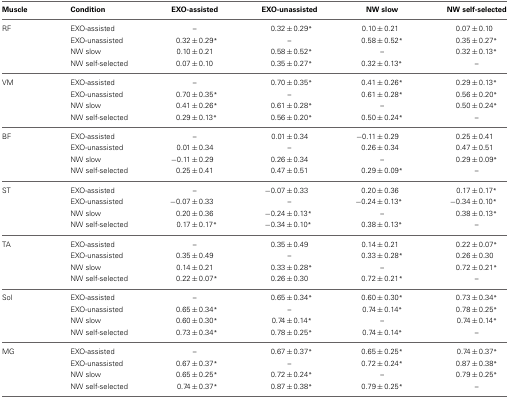
<table><thead><tr><td><b>Muscle</b></td><td><b>Condition</b></td><td><b>EXO-assisted</b></td><td><b>EXO-unassisted</b></td><td><b>NW slow</b></td><td><b>NW self-selected</b></td></tr></thead><tbody><tr><td>RF</td><td>EXO-assisted</td><td>–</td><td>0.32 ± 0.29<sup>*</sup></td><td>0.10 ± 0.21</td><td>0.07 ± 0.10</td></tr><tr><td>[EMPTY_CELL]</td><td>EXO-unassisted</td><td>0.32 ± 0.29<sup>*</sup></td><td>–</td><td>0.58 ± 0.52<sup>*</sup></td><td>0.35 ± 0.27<sup>*</sup></td></tr><tr><td>[EMPTY_CELL]</td><td>NW slow</td><td>0.10 ± 0.21</td><td>0.58 ± 0.52<sup>*</sup></td><td>–</td><td>0.32 ± 0.13<sup>*</sup></td></tr><tr><td>[EMPTY_CELL]</td><td>NW self-selected</td><td>0.07 ± 0.10</td><td>0.35 ± 0.27<sup>*</sup></td><td>0.32 ± 0.13<sup>*</sup></td><td>–</td></tr><tr><td>VM</td><td>EXO-assisted</td><td>–</td><td>0.70 ± 0.35<sup>*</sup></td><td>0.41 ± 0.26<sup>*</sup></td><td>0.29 ± 0.13<sup>*</sup></td></tr><tr><td>[EMPTY_CELL]</td><td>EXO-unassisted</td><td>0.70 ± 0.35<sup>*</sup></td><td>–</td><td>0.61 ± 0.28<sup>*</sup></td><td>0.56 ± 0.20<sup>*</sup></td></tr><tr><td>[EMPTY_CELL]</td><td>NW slow</td><td>0.41 ± 0.26<sup>*</sup></td><td>0.61 ± 0.28<sup>*</sup></td><td>–</td><td>0.50 ± 0.24<sup>*</sup></td></tr><tr><td>[EMPTY_CELL]</td><td>NW self-selected</td><td>0.29 ± 0.13<sup>*</sup></td><td>0.56 ± 0.20<sup>*</sup></td><td>0.50 ± 0.24<sup>*</sup></td><td>–</td></tr><tr><td>BF</td><td>EXO-assisted</td><td>–</td><td>0.01 ± 0.34</td><td>−0.11 ± 0.29</td><td>0.25 ± 0.41</td></tr><tr><td>[EMPTY_CELL]</td><td>EXO-unassisted</td><td>0.01 ± 0.34</td><td>–</td><td>0.26 ± 0.34</td><td>0.47 ± 0.51</td></tr><tr><td>[EMPTY_CELL]</td><td>NW slow</td><td>−0.11 ± 0.29</td><td>0.26 ± 0.34</td><td>–</td><td>0.29 ± 0.09<sup>*</sup></td></tr><tr><td>[EMPTY_CELL]</td><td>NW self-selected</td><td>0.25 ± 0.41</td><td>0.47 ± 0.51</td><td>0.29 ± 0.09<sup>*</sup></td><td>–</td></tr><tr><td>ST</td><td>EXO-assisted</td><td>–</td><td>−0.07 ± 0.33</td><td>0.20 ± 0.36</td><td>0.17 ± 0.17<sup>*</sup></td></tr><tr><td>[EMPTY_CELL]</td><td>EXO-unassisted</td><td>−0.07 ± 0.33</td><td>–</td><td>−0.24 ± 0.13<sup>*</sup></td><td>−0.34 ± 0.10<sup>*</sup></td></tr><tr><td>[EMPTY_CELL]</td><td>NW slow</td><td>0.20 ± 0.36</td><td>−0.24 ± 0.13<sup>*</sup></td><td>–</td><td>0.38 ± 0.13<sup>*</sup></td></tr><tr><td>[EMPTY_CELL]</td><td>NW self-selected</td><td>0.17 ± 0.17<sup>*</sup></td><td>−0.34 ± 0.10<sup>*</sup></td><td>0.38 ± 0.13<sup>*</sup></td><td>–</td></tr><tr><td>TA</td><td>EXO-assisted</td><td>–</td><td>0.35 ± 0.49</td><td>0.14 ± 0.21</td><td>0.22 ± 0.07<sup>*</sup></td></tr><tr><td>[EMPTY_CELL]</td><td>EXO-unassisted</td><td>0.35 ± 0.49</td><td>–</td><td>0.33 ± 0.28<sup>*</sup></td><td>0.26 ± 0.30</td></tr><tr><td>[EMPTY_CELL]</td><td>NW slow</td><td>0.14 ± 0.21</td><td>0.33 ± 0.28<sup>*</sup></td><td>–</td><td>0.72 ± 0.21<sup>*</sup></td></tr><tr><td>[EMPTY_CELL]</td><td>NW self-selected</td><td>0.22 ± 0.07<sup>*</sup></td><td>0.26 ± 0.30</td><td>0.72 ± 0.21<sup>*</sup></td><td>–</td></tr><tr><td>Sol</td><td>EXO-assisted</td><td>–</td><td>0.65 ± 0.34<sup>*</sup></td><td>0.60 ± 0.30<sup>*</sup></td><td>0.73 ± 0.34<sup>*</sup></td></tr><tr><td>[EMPTY_CELL]</td><td>EXO-unassisted</td><td>0.65 ± 0.34<sup>*</sup></td><td>–</td><td>0.74 ± 0.14<sup>*</sup></td><td>0.78 ± 0.25<sup>*</sup></td></tr><tr><td>[EMPTY_CELL]</td><td>NW slow</td><td>0.60 ± 0.30<sup>*</sup></td><td>0.74 ± 0.14<sup>*</sup></td><td>–</td><td>0.74 ± 0.14<sup>*</sup></td></tr><tr><td>[EMPTY_CELL]</td><td>NW self-selected</td><td>0.73 ± 0.34<sup>*</sup></td><td>0.78 ± 0.25<sup>*</sup></td><td>0.74 ± 0.14<sup>*</sup></td><td>–</td></tr><tr><td>MG</td><td>EXO-assisted</td><td>–</td><td>0.67 ± 0.37<sup>*</sup></td><td>0.65 ± 0.25<sup>*</sup></td><td>0.74 ± 0.37<sup>*</sup></td></tr><tr><td>[EMPTY_CELL]</td><td>EXO-unassisted</td><td>0.67 ± 0.37<sup>*</sup></td><td>–</td><td>0.72 ± 0.24<sup>*</sup></td><td>0.87 ± 0.38<sup>*</sup></td></tr><tr><td>[EMPTY_CELL]</td><td>NW slow</td><td>0.65 ± 0.25<sup>*</sup></td><td>0.72 ± 0.24<sup>*</sup></td><td>–</td><td>0.79 ± 0.25<sup>*</sup></td></tr><tr><td>[EMPTY_CELL]</td><td>NW self-selected</td><td>0.74 ± 0.37<sup>*</sup></td><td>0.87 ± 0.38<sup>*</sup></td><td>0.79 ± 0.25<sup>*</sup></td><td>–</td></tr></tbody></table>